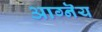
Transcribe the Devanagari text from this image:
आग्नॆय